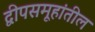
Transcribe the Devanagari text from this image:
द्वीपसमूहांतील